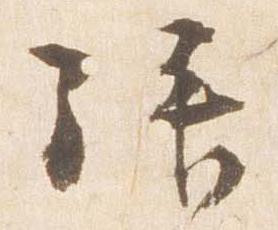
拝